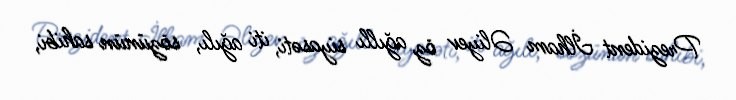
Prezident İlham Əliyev öz ağıllı siyasəti, iti ağılı, sözünün sahibi,